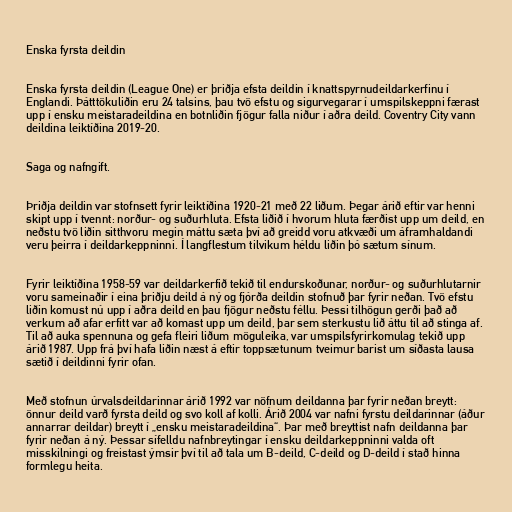
Enska fyrsta deildin

Enska fyrsta deildin (League One) er þriðja efsta deildin í knattspyrnudeildarkerfinu í
Englandi. Þátttökuliðin eru 24 talsins, þau tvö efstu og sigurvegarar í umspilskeppni færast
upp í ensku meistaradeildina en botnliðin fjögur falla niður í aðra deild. Coventry City vann
deildina leiktíðina 2019-20.

Saga og nafngift.

Þriðja deildin var stofnsett fyrir leiktíðina 1920-21 með 22 liðum. Þegar árið eftir var henni
skipt upp í tvennt: norður- og suðurhluta. Efsta liðið í hvorum hluta færðist upp um deild, en
neðstu tvö liðin sitthvoru megin máttu sæta því að greidd voru atkvæði um áframhaldandi
veru þeirra í deildarkeppninni. Í langflestum tilvikum héldu liðin þó sætum sínum.

Fyrir leiktíðina 1958-59 var deildarkerfið tekið til endurskoðunar, norður- og suðurhlutarnir
voru sameinaðir í eina þriðju deild á ný og fjórða deildin stofnuð þar fyrir neðan. Tvö efstu
liðin komust nú upp í aðra deild en þau fjögur neðstu féllu. Þessi tilhögun gerði það að
verkum að afar erfitt var að komast upp um deild, þar sem sterkustu lið áttu til að stinga af.
Til að auka spennuna og gefa fleiri liðum möguleika, var umspilsfyrirkomulag tekið upp
árið 1987. Upp frá því hafa liðin næst á eftir toppsætunum tveimur barist um síðasta lausa
sætið í deildinni fyrir ofan.

Með stofnun úrvalsdeildarinnar árið 1992 var nöfnum deildanna þar fyrir neðan breytt:
önnur deild varð fyrsta deild og svo koll af kolli. Árið 2004 var nafni fyrstu deildarinnar (áður
annarrar deildar) breytt í „ensku meistaradeildina“. Þar með breyttist nafn deildanna þar
fyrir neðan á ný. Þessar sífelldu nafnbreytingar í ensku deildarkeppninni valda oft
misskilningi og freistast ýmsir því til að tala um B-deild, C-deild og D-deild í stað hinna
formlegu heita.